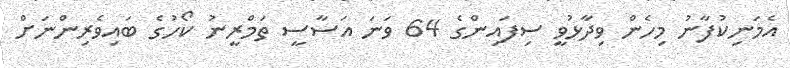
އެމަނިކުފާނު މިހެން ވިދާޅުވީ ސިފައިންގެ 64 ވަނަ އަސާސީ ތަމްރީނު ކޯހުގެ ބައިވެރިންނަށް